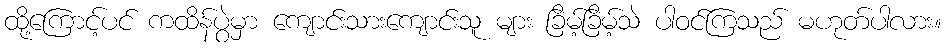
ထို့ကြောင့်ပင် ကထိန်ပွဲမှာ ကျောင်းသားကျောင်းသူ များ ခြိမ့်ခြိမ့်သဲ ပါဝင်ကြသည် မဟုတ်ပါလား။